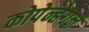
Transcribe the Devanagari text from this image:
कोपेन्हेगन